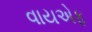
વાયએફ